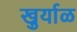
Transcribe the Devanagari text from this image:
खुर्याळ